Vital statistics of India. Vol. IV, Annual returns from 1871 to 1876. British Army of India, Native Army and jails of Bengal
Year: 1871
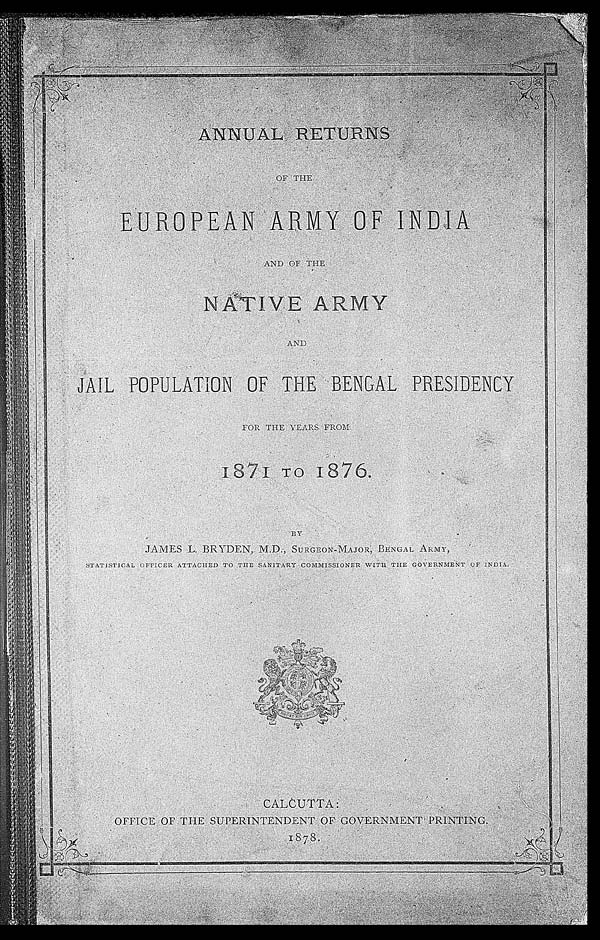
ANNUAL RETURNS OF THE
EUROPEAN ARMY OF INDIA
AND OF THE
NATIVE ARMY
AND JAIL POPULATION OF THE BENGAL PRESIDENCY
FOR THE YEARS FROM
1871 TO 1876.
BY JAMES L. BRYDEN, M.D., SURGEON-MAJOR, BENGAL ARMY,
STATISTICAL OFFICER ATTACHED TO THE SANITARY COMMISIONER WITH THE GOVERNMENT OF INDIA._
CALCUTTA: OFFICE OF THE SUPERINTENDENT OF GOVERNMENT PRINTING.
1878.